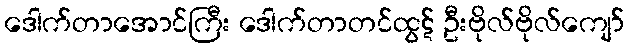
ဒေါက်တာအောင်ကြီး ဒေါက်တာတင်ထွဋ် ဦးဗိုလ်ဗိုလ်ကျော်